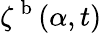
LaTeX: \zeta^{\mathrm{~b~}}(\alpha,t)